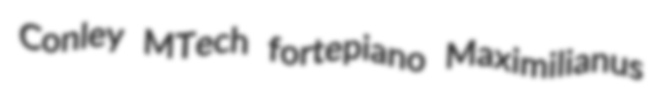
Conley MTech fortepiano Maximilianus